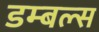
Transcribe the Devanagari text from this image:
डम्बल्स